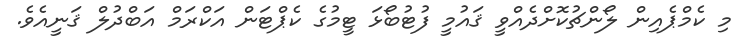
މި ކެމްޕެއިން ލޯންޗުކޮށްދެއްވީ ޤައުމީ ފުޓުބޯޅަ ޓީމުގެ ކެޕްޓަން އަކްރަމް އަބްދުލް ޤަނީއެވެ.